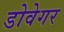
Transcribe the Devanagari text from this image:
डोवेगर